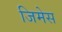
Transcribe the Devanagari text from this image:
जिमेस